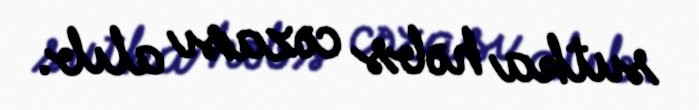
sutka həbs cəzası alıb.